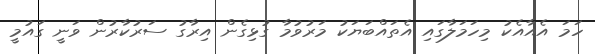
ހަމަ އެއާއެކު މިހަމަލާގައި އެތައްބަޔަކު މަރުވުމާ ގުޅިގެން އިރާގު ސަރުކާރުން ވަނީ ގައުމީ